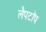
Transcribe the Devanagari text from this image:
लैपटाॅप